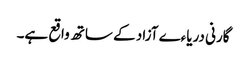
گارنی دریاءے آزاد کے ساتھ واقع ہے۔